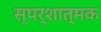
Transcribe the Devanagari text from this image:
स्पर्शात्मक